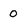
Character: 0